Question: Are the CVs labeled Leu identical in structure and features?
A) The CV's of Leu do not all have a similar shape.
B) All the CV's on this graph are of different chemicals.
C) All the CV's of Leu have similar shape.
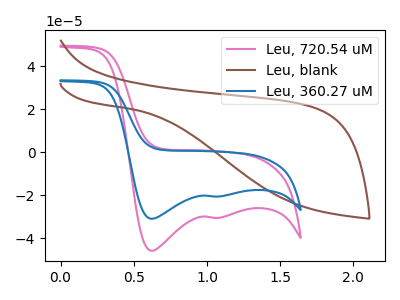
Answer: <think>The pink curve "Leu, 720.54 uM" has cathodic peaks at (0.60V, -45.85uA) (1.10V, -30.50uA). The brown curve "Leu, blank" has no peaks. The blue curve "Leu, 360.27 uM" has cathodic peaks at (0.60V, -30.95uA) (1.10V, -20.60uA).
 "Leu, 720.54 uM" and "Leu, blank" have a different number of peaks. All the peaks in "Leu, 720.54 uM" have a peak in "Leu, 360.27 uM" at the same potential. Every peak in "Leu, 720.54 uM" is higher than every peak in "Leu, 360.27 uM". "Leu, blank" and "Leu, 360.27 uM" have a different number of peaks.</think>
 <answer>C) All the CV's of "Leu" have similar shape.</answer>
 <eval>C</eval>